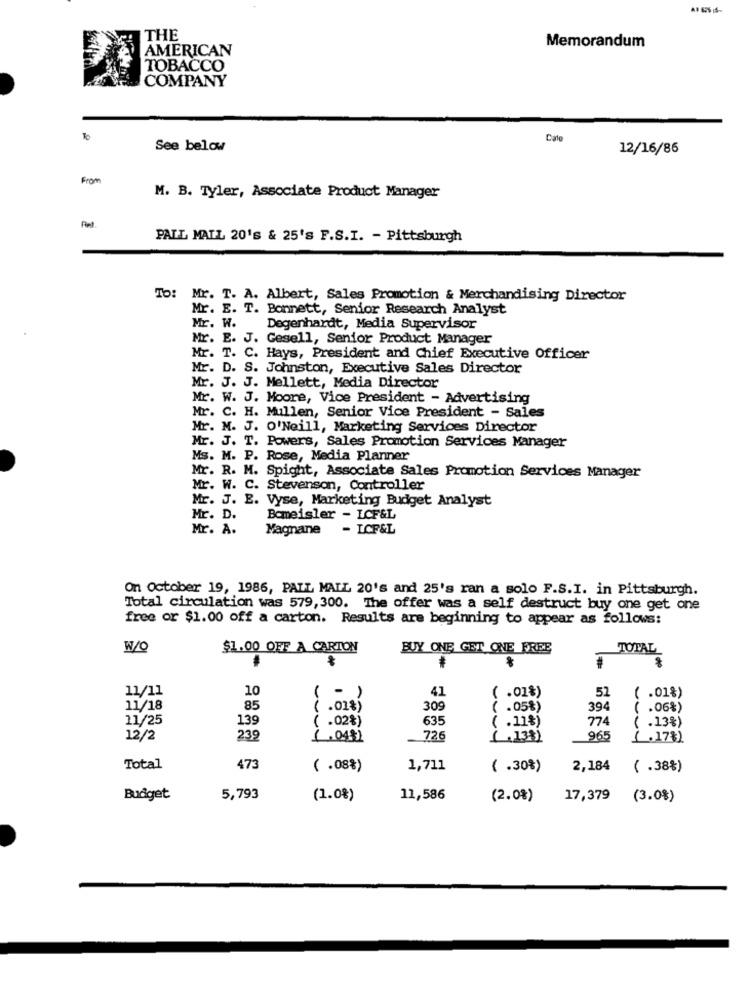
THE
AMERICAN
Memorandum
TOBACCO
COMPANY
To
Date
See below
12/16/86
From
M. B. Tyler, Associate Product Manager
PAIL MAIL 20's & 25's F.S.I. - Pittsburgh
To: Mr. T. A. Albert, Sales Promotion & Merchandising Director
Mr. E. T. Bonnett, Senior Research Analyst
Mr. W.
Degenhardt, Media Supervisor
Mr. E. J. Gesell, Senior Product Manager
Mr. T. C. Hays, President and Chief Executive Officer
Mr. D. S. Johnston, Executive Sales Director
Mr. J. J. Mellett, Media Director
Mr. W. J. Moore, Vice President - Advertising
Mr. C. H. Mullen, Senior Vice President - Sales
Mr. M. J. O'Neill, Marketing Services Director
Mr. J. T. Powers, Sales Promotion Services Manager
Ms. M. P. Rose, Media Planner
Mr. R. M. Spight, Associate Sales Promotion Services Manager
Mr. W. C. Stevenson, Controller
Mr. J. E. Vyse, Marketing Budget Analyst
Mr. D.
Bomeisler - LCF&L
Mr. A.
Magnane
- ICF&L
On October 19, 1986, PALL MALL 20's and 25's ran a solo F.S.I. in Pittsburgh.
Total circulation was 579, 300. The offer was a self destruct buy one get one
free or $1.00 off a carton. Results are beginning to appear as follows:
W/O
$1.00 OFF A CARTON
BUY ONE GET ONE FREE
TOTAL
11/11
10
( .01%)
( .01%)
( -)
41
52
11/18
85
( .01%)
309
( .05%)
394
( .06%)
11/25
139
( .02%)
635
774
( .11%)
( .13%)
12/2
239
(.043)
726
( .133)
965
(.17₺)
Total
473
( .08%)
1,711
( .30%)
2,184
( .38%)
Budget
5,793
(1.08)
11,586
(2.0%)
17,379
(3.0%)